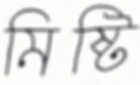
মিষ্টি